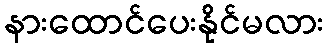
နားထောင်ပေးနိုင်မလား